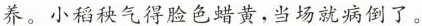
养。小稻秧气得脸色蜡黄，当场就病倒了。